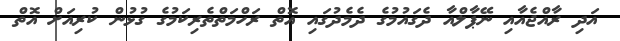
އަދި ރާއްޖެއާއި ނޭޕާލްއާ ދެގައުމުގެ ދެމެދުގައި އޮތް ރަހްމަތްތެރިކަމުގެ ގުޅުން ކުރިއަށް އޮތް